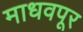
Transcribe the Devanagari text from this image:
माधवपूर